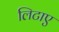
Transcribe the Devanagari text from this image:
लिटाए